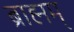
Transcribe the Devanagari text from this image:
ब्राह्मम्